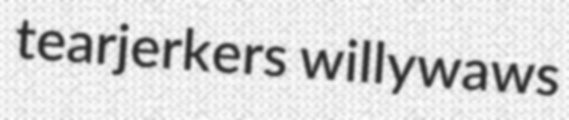
tearjerkers willywaws